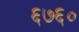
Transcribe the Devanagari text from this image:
६७६०